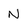
Character: N